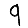
Digit: 9